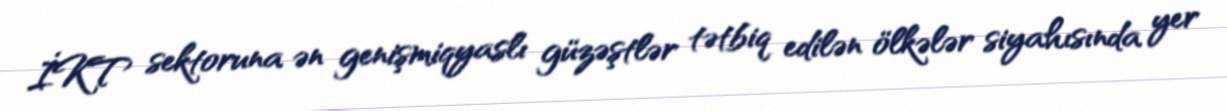
İKT sektoruna ən genişmiqyaslı güzəştlər tətbiq edilən ölkələr siyahısında yer